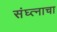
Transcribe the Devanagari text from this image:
संघ्त्नाचा